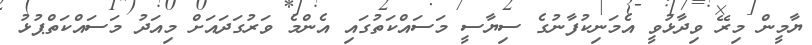
ޔާމީން މިރޭ ވިދާޅުވީ އެމަނިކުފާނުގެ ސިޔާސީ މަސައްކަތުގައި އެންމެ ވަރުގަދައަށް މިއަދު މަސައްކަތްޕުޅު